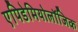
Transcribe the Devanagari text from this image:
एपिडेमियोलॉजिक